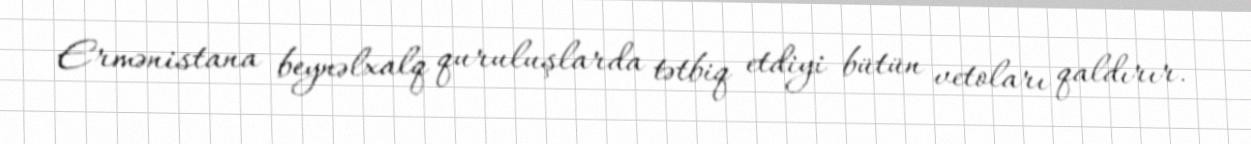
Ermənistana beynəlxalq quruluşlarda tətbiq etdiyi bütün vetoları qaldırır.